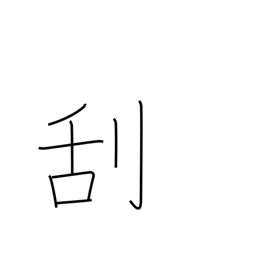
Meaning: scrape off